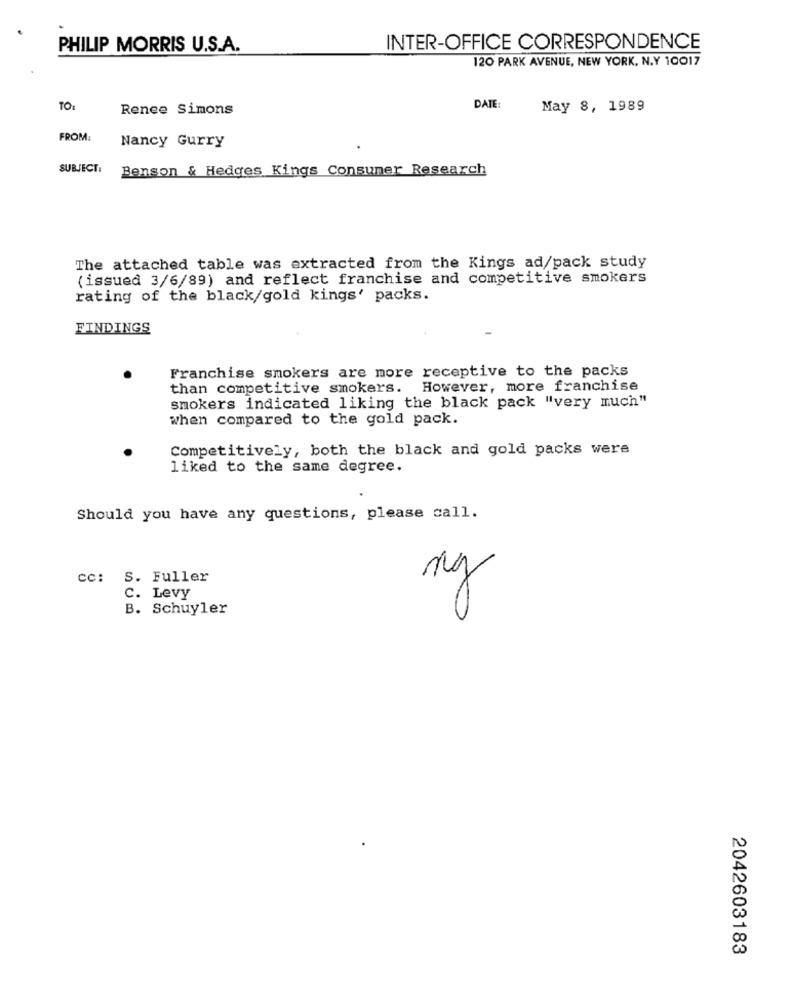
PHILIP MORRIS U.S.A.
INTER-OFFICE CORRESPONDENCE
120 PARK AVENUE, NEW YORK, N.Y 10017
TO:
Renee Simons
DATE:
May 8, 1989
FROM:
Nancy Gurry
SUBJECT:
Benson & Hedges Kings Consumer Research
The attached table was extracted from the Kings ad/pack study
(issued 3/6/89) and reflect franchise and competitive smokers
rating of the black/gold kings' packs.
FINDINGS
Franchise smokers are more receptive to the packs
than competitive smokers. However, more franchise
smokers indicated liking the black pack "very much"
when compared to the gold pack.
Competitively, both the black and gold packs were
liked to the same degree.
Should you have any questions, please call.
cc: S. Fuller
ng
C. Levy
B. Schuyler
2042603183